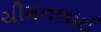
ચીમનભાઈ